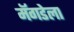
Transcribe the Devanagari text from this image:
मॅगडेला